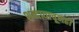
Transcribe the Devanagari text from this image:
शब्दावाचूनही